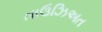
તાઉઝિઅત